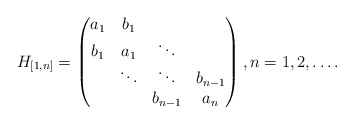
\begin{align*}H_{[1,n]}=\begin{pmatrix} a_1 & b_1 & \\ b_1 & a_1 & \ddots \\ & \ddots & \ddots & b_{n-1}\\ & & b_{n-1} & a_n \\\end{pmatrix}, n=1,2,\dots.\end{align*}